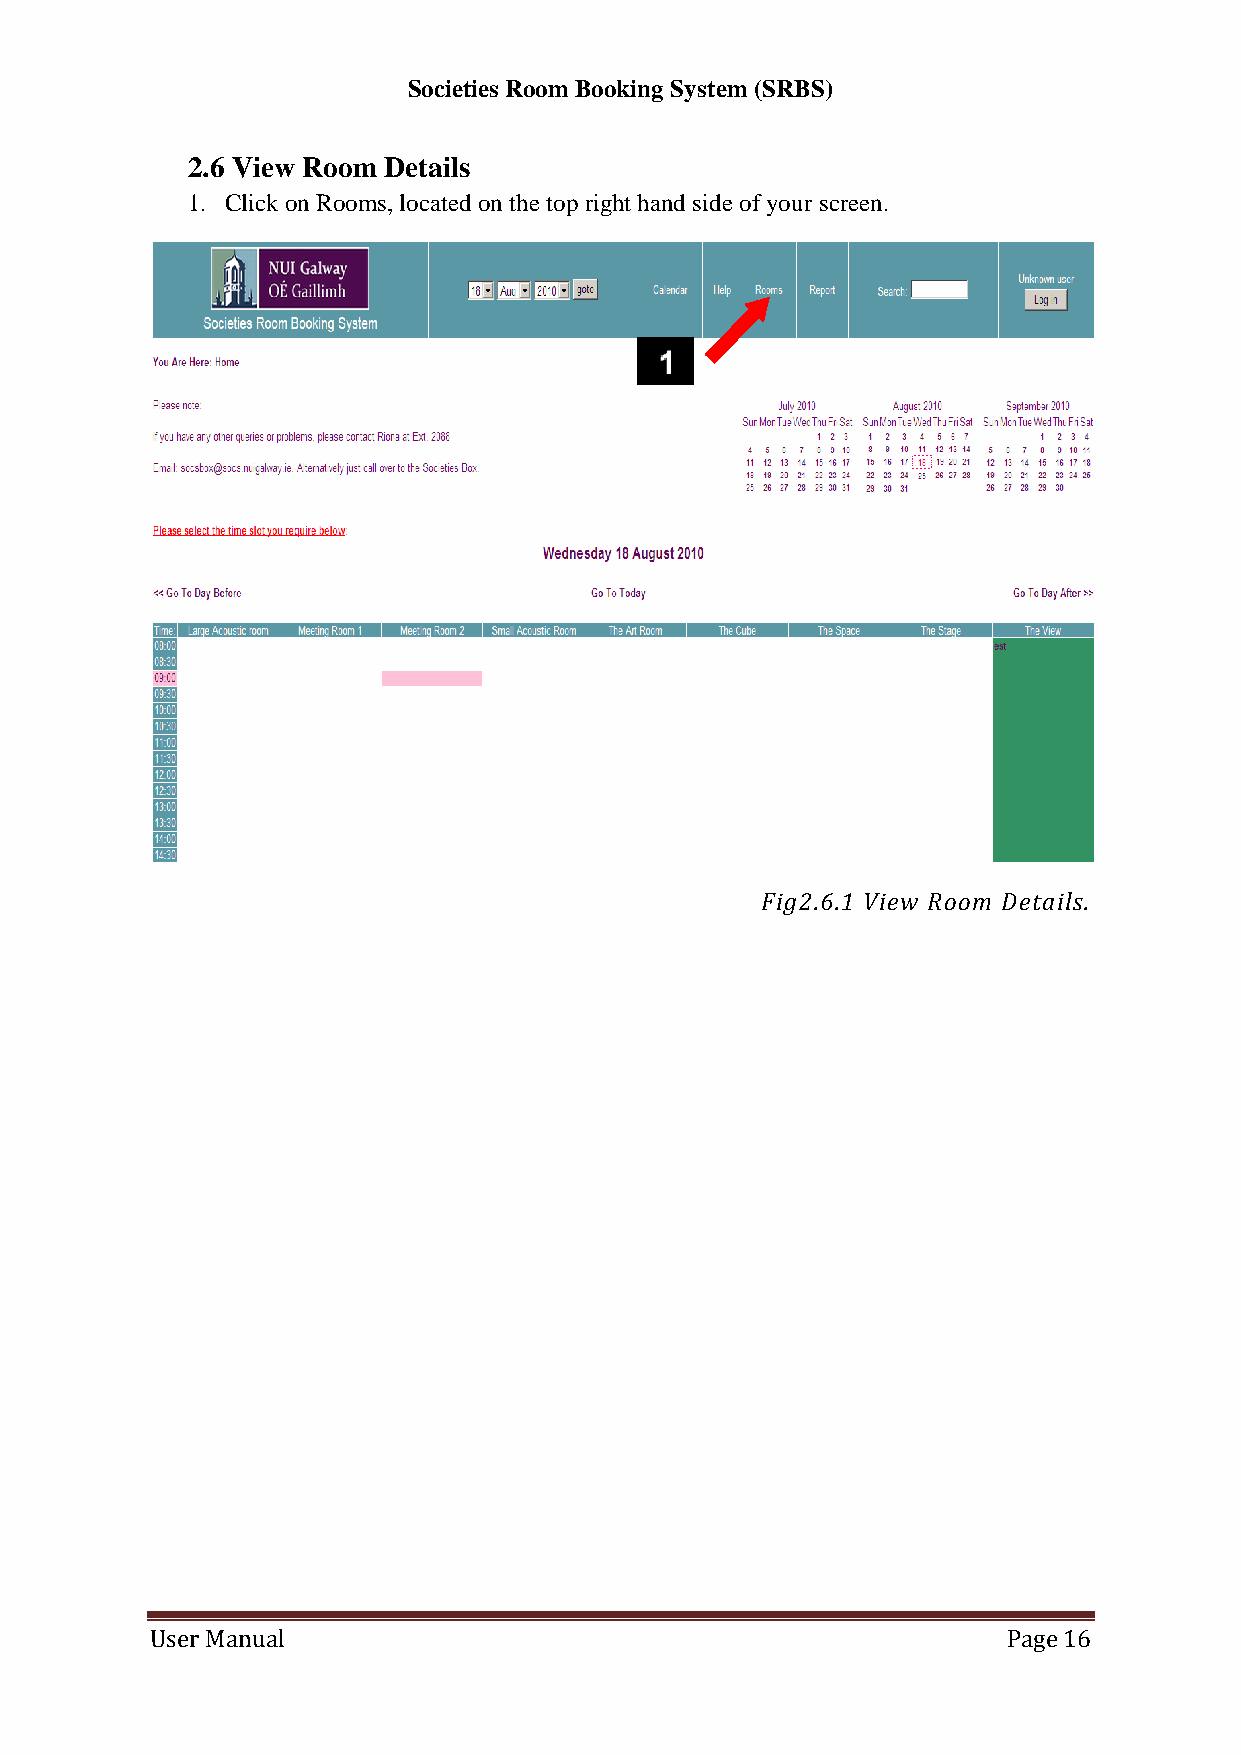
Societies Room Booking System (SRBS)
 2.6 View Room Details
 1. Click on Rooms, located on the top right hand side of your screen.
 Fig2.6.1 View Room Details.
 User Manual                                              Page 16